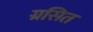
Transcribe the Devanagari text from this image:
ग्रसित